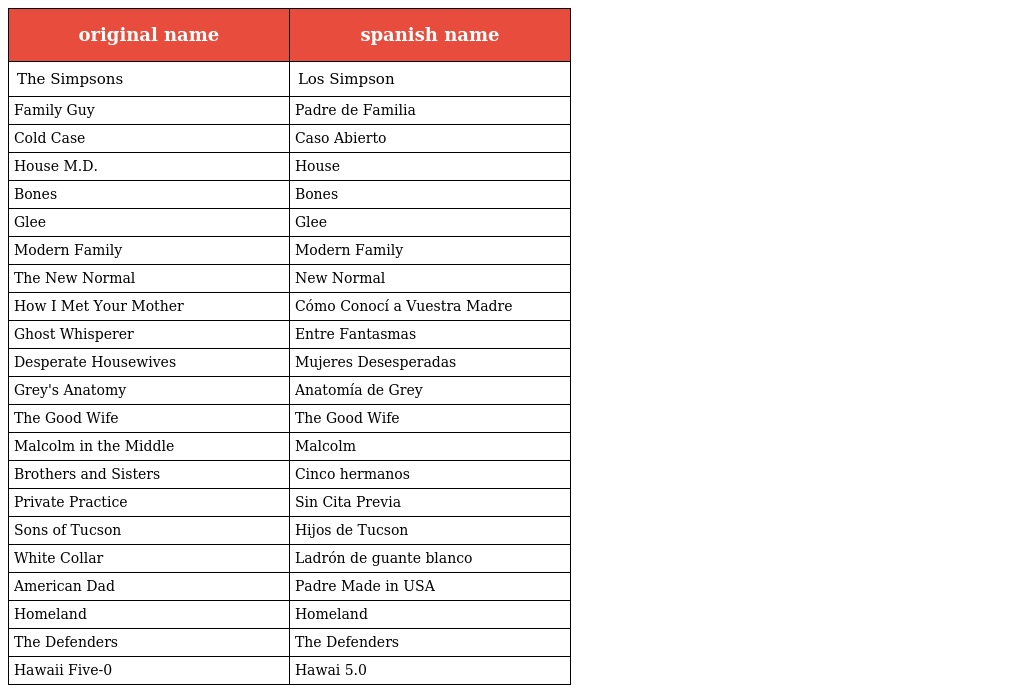
| original name | spanish name |
 | --- | --- |
 | The Simpsons | Los Simpson |
 | Family Guy | Padre de Familia |
 | Cold Case | Caso Abierto |
 | House M.D. | House |
 | Bones | Bones |
 | Glee | Glee |
 | Modern Family | Modern Family |
 | The New Normal | New Normal |
 | How I Met Your Mother | Cómo Conocí a Vuestra Madre |
 | Ghost Whisperer | Entre Fantasmas |
 | Desperate Housewives | Mujeres Desesperadas |
 | Grey's Anatomy | Anatomía de Grey |
 | The Good Wife | The Good Wife |
 | Malcolm in the Middle | Malcolm |
 | Brothers and Sisters | Cinco hermanos |
 | Private Practice | Sin Cita Previa |
 | Sons of Tucson | Hijos de Tucson |
 | White Collar | Ladrón de guante blanco |
 | American Dad | Padre Made in USA |
 | Homeland | Homeland |
 | The Defenders | The Defenders |
 | Hawaii Five-0 | Hawai 5.0 |